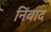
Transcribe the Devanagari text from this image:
निंवाद